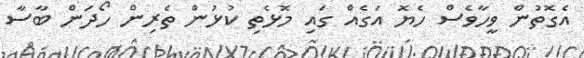
އެގޮތުން ވީހާވެސް ހެޔޮ އަގެއް ގައި މޮޅެތި ކުޅުން ތެރިން ހޯދަން ބާސާ